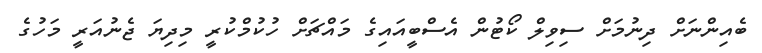
ބެއިންނަށް ދިނުމަށް ސިވިލް ކޯޓުން އެސްބީއައިގެ މައްޗަށް ހުކުމްކުރީ މިދިޔަ ޖެނުއަރީ މަހުގެ